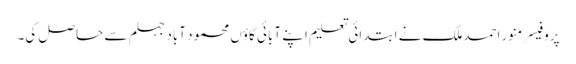
پروفیسر منور احمدملک نے ابتدائی تعلیم اپنے آبائی گاؤں محمود آباد جہلم سے حاصل کی۔